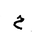
Letter: _mim